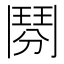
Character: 𩰏